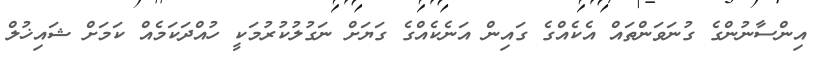
އިންސާނުންގެ ގުނަވަންތައް އެކެއްގެ ގައިން އަނެކެއްގެ ގަޔަށް ނަގުލުކުރުމަކީ ހުއްދަކަމެއް ކަމަށް ޝައިޚުލް